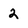
Character: 2